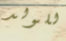
للولد